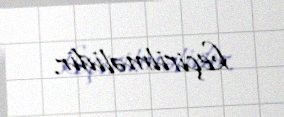
keçirilməlidir.